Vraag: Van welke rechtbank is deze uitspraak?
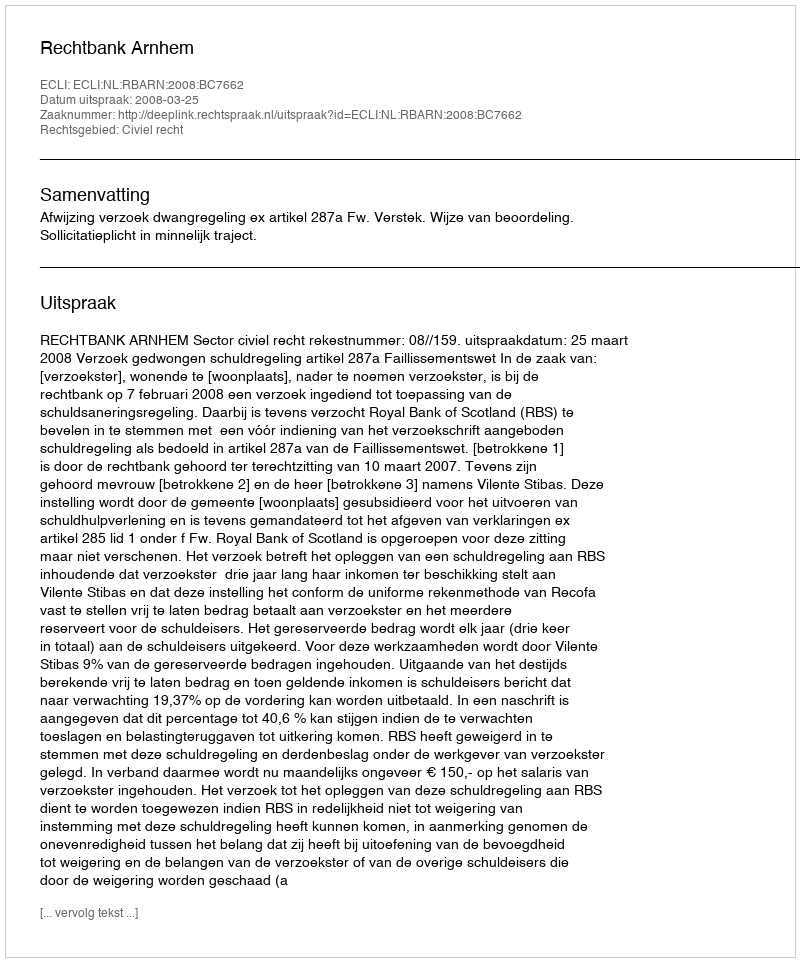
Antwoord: Rechtbank Arnhem